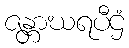
ဇန္တာဃရပီဌံ